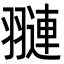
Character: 翴